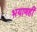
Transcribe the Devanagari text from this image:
भयाणही